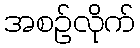
အစဉ်လိုက်